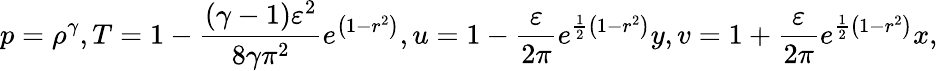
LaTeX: p=\rho^{\gamma},T=1-\frac{(\gamma-1)\varepsilon^{2}}{8\gamma\pi^{2}}e^{\left(1-r^{2}\right)},u=1-\frac{\varepsilon}{2\pi}e^{\frac{1}{2}\left(1-r^{2}\right)}y,v=1+\frac{\varepsilon}{2\pi}e^{\frac{1}{2}\left(1-r^{2}\right)}x,